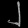
Digit: ၂